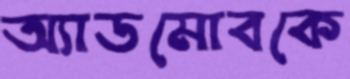
অ্যাডমোবকে